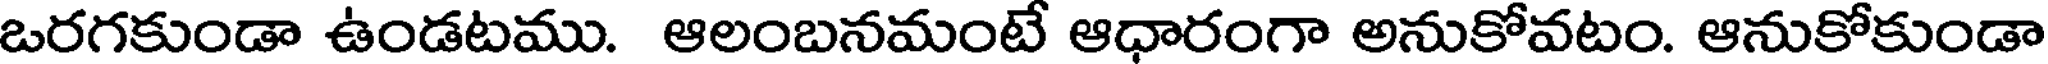
ఒరగకుండా ఉండటము. ఆలంబనమంటే ఆధారంగా అనుకోవటం. ఆనుకోకుండా